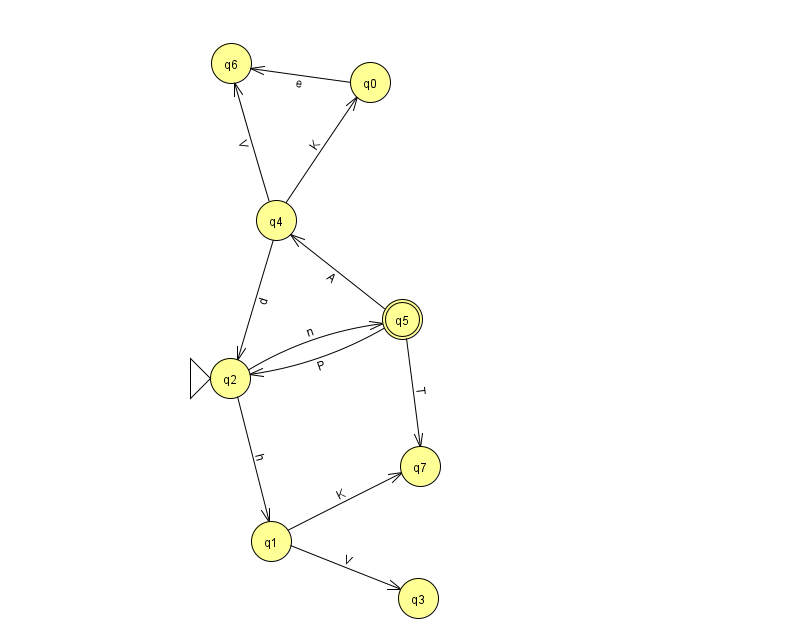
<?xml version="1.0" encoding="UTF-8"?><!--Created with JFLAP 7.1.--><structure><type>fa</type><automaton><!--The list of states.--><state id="0" name="q0"><x>370.0</x><y>69.0</y></state><state id="1" name="q1"><x>271.0</x><y>528.0</y></state><state id="2" name="q2"><x>230.0</x><y>365.0</y><initial/></state><state id="3" name="q3"><x>418.0</x><y>585.0</y></state><state id="4" name="q4"><x>276.0</x><y>207.0</y></state><state id="5" name="q5"><x>402.0</x><y>306.0</y><final/></state><state id="6" name="q6"><x>231.0</x><y>50.0</y></state><state id="7" name="q7"><x>420.0</x><y>453.0</y></state><!--The list of transitions.--><transition><from>2</from><to>5</to><read>n</read></transition><transition><from>4</from><to>0</to><read>K</read></transition><transition><from>4</from><to>6</to><read>V</read></transition><transition><from>1</from><to>3</to><read>V</read></transition><transition><from>1</from><to>7</to><read>K</read></transition><transition><from>5</from><to>4</to><read>A</read></transition><transition><from>2</from><to>1</to><read>h</read></transition><transition><from>0</from><to>6</to><read>e</read></transition><transition><from>5</from><to>7</to><read>T</read></transition><transition><from>4</from><to>2</to><read>d</read></transition><transition><from>5</from><to>2</to><read>P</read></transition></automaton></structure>